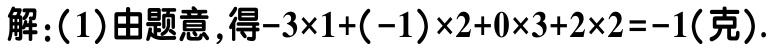
解：(1)由题意，得\(-3\times1+(-1)\times2 + 0\times3+2\times2=-1(\text{克})\).